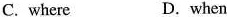
C. where D.when